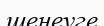
шенеуге